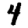
Digit: 4